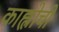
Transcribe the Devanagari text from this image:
काह्लोची